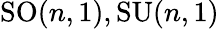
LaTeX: \mathrm{SO}(n,1),\mathrm{SU}(n,1)